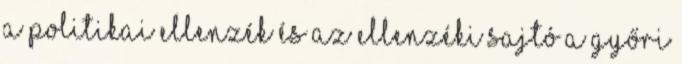
a politikai ellenzék és az ellenzéki sajtó a győri